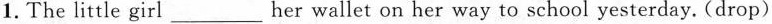
1. The little girl \underline her wallet on her way to school yesterday. (drop)